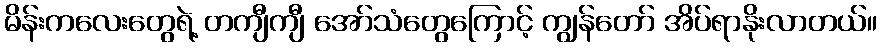
မိန်းကလေးတွေရဲ့ တကျီကျီ အော်သံတွေကြောင့် ကျွန်တော် အိပ်ရာနိုးလာတယ်။